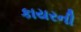
કાયરની